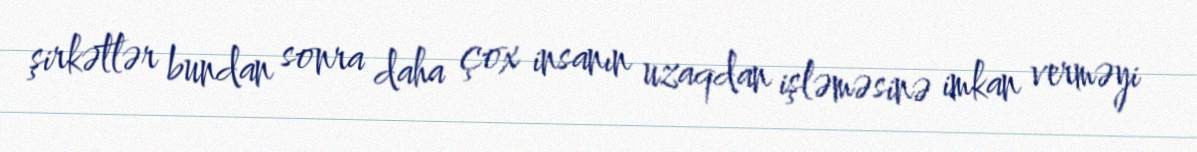
şirkətlər bundan sonra daha çox insanın uzaqdan işləməsinə imkan verməyi